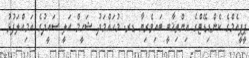
ޕީޕީއެމްގެ ކެންޑިޑޭޓްގެ އިންތިޚާބީ ބައިވެރިޔާ ޑރ. މުހައްމަދު ޝަހީމް އަލީ ސައީދުގެ އަމިއްލަފުޅު